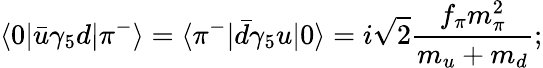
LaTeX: \langle 0|\bar{u}\gamma_{5}d|\pi^{-}\rangle=\langle\pi^{-}|\bar{d}\gamma_{5}u|0\rangle=i\sqrt{2}{\frac{f_{\pi}m_{\pi}^{2}}{m_{u}+m_{d}}};